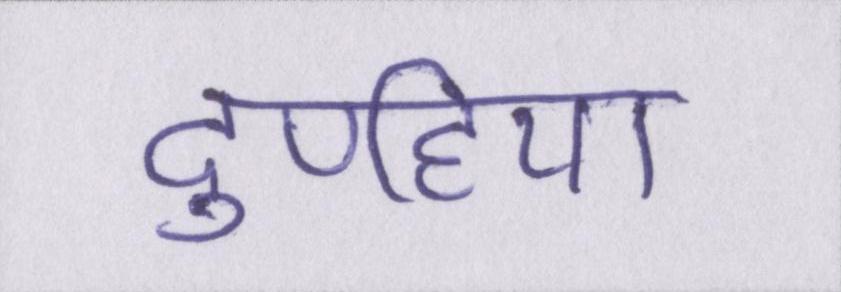
दुपहिया